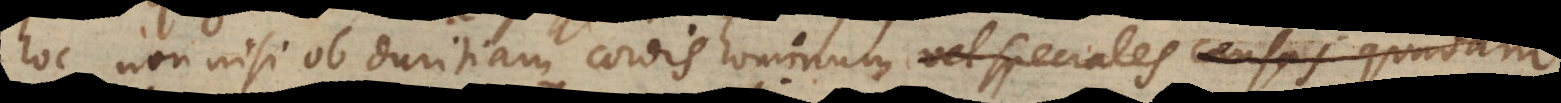
hoc non nisi ob duritiam cordis hominum speciali quadam